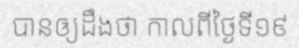
បានឲ្យដឹងថា កាលពីថ្ងៃទី១៩